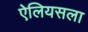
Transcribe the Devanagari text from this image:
ऐलियसला